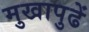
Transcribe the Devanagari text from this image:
मुखापुढें